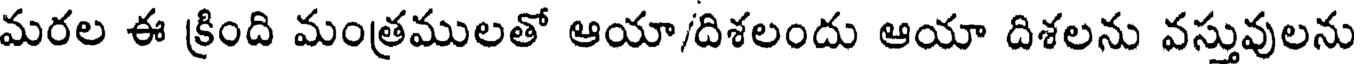
మరల ఈ క్రింది మంత్రములతో ఆయా/దిశలందు ఆయా దిశలను వస్తువులను